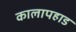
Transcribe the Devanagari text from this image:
कालापहाड